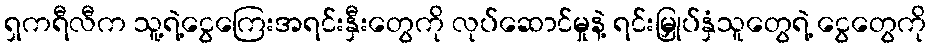
ရှကရီလီက သူ့ရဲ့ငွေကြေးအရင်းနှီးတွေကို လုပ်ဆောင်မှုနဲ့ ရင်းမြှုပ်နှံသူတွေရဲ့ ငွေတွေကို